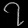
Digit: ၇